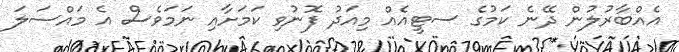
އެއްބާރުލުން ދޭނެ ކަމުގެ ސޓީއެއް މިއަދު ފޮނުވި ކަމަށާއި ނަމަވެސް އެ މައްސަލަ